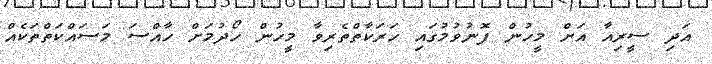
އަދި ސީރިއާ އަށް މީހުން ފޮނުވުމުގައި ހަރަކާތްތެރިވާ މީހުން ހޯދުމަށް ހާއްސަ މަސައްކަތްތަކެއް